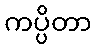
ကပ္ပိတာ